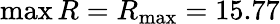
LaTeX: \operatorname*{max}R=R_{\mathrm{max}}=15.77